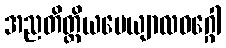
အညတိတ္ထိယပေယျာလဝဂ္ဂေါ